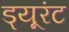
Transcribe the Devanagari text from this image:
ड्यूरंट